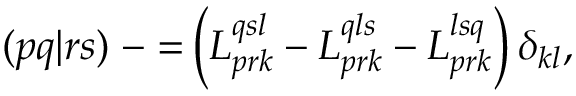
( p q | r s ) \mathrel { - } \mathbin { = } \left( L _ { p r k } ^ { q s l } - L _ { p r k } ^ { q l s } - L _ { p r k } ^ { l s q } \right) \delta _ { k l } ,